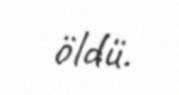
öldü.